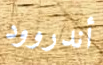
أندروود